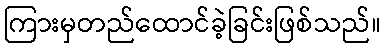
ကြားမှတည်ထောင်ခဲ့ခြင်းဖြစ်သည်။